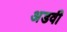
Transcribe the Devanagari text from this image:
अडवी